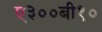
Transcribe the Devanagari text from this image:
ए३००बी१०